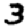
Digit: 3